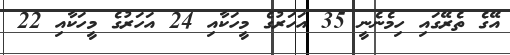
އޭގެ ތެރޭގައި ހިމެނެނީ 35 އަހަރުގެ މީހަކާއި 24 އަހަރުގެ މީހަކާއި 22